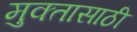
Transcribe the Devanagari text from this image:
मुक्तासाठी